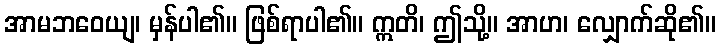
အာမဘဝေယျ၊ မှန်ပါ၏။ ဖြစ်ရာပါ၏။ ဣတိ၊ ဤသို့။ အာဟ၊ လျှောက်ဆို၏။